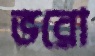
ভরো